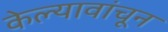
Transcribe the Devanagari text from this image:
केल्यावांचून